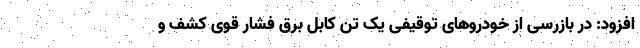
افزود: در بازرسی از خودروهای توقیفی یک تن کابل برق فشار قوی کشف و